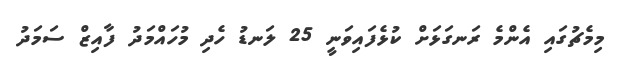
މިމެޗުގައި އެންމެ ރަނގަޅަށް ކުޅެފައިވަނީ 25 ލަނޑު ހެދި މުހައްމަދު ފާއިޒް ސަމަދު